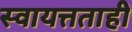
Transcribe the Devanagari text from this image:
स्वायत्तताही